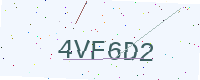
Text: 4VF6D2